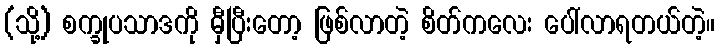
(သို့) စက္ခုပသာဒကို မှီပြီးတော့ ဖြစ်လာတဲ့ စိတ်ကလေး ပေါ်လာရတယ်တဲ့။